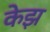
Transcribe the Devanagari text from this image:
केझ